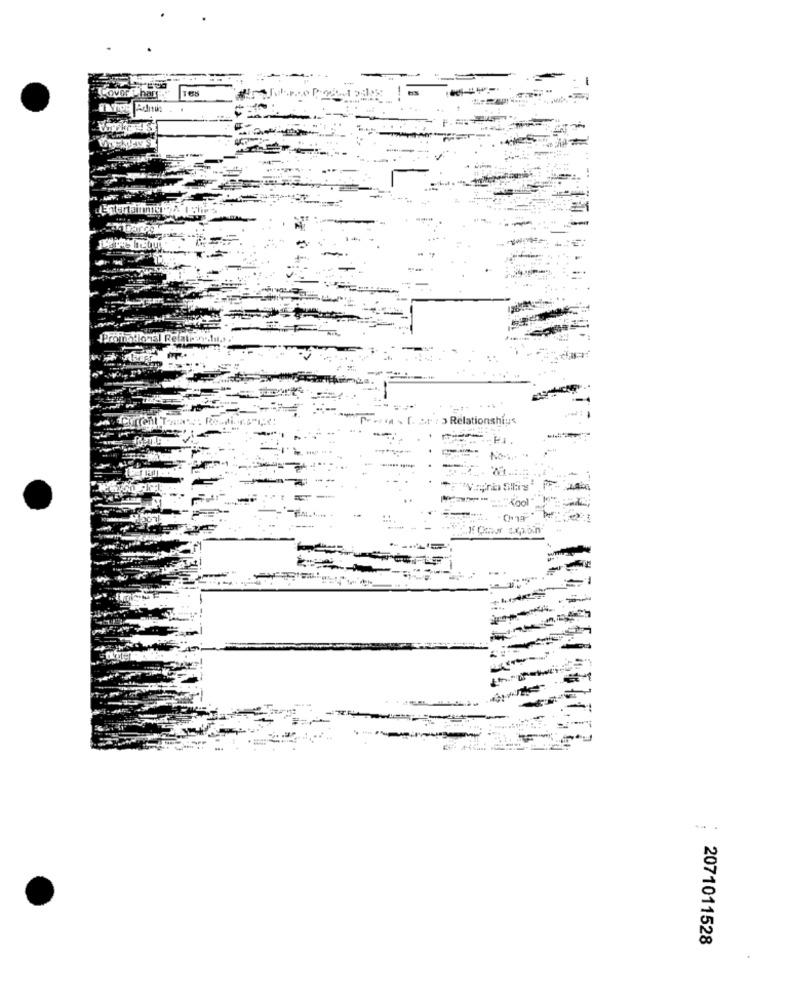
Cover t hart
Relat
nishiys
-
=
2071011528